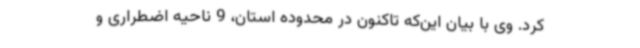
کرد. وی با بیان این‌که تاکنون در محدوده استان، 9 ناحیه اضطراری و